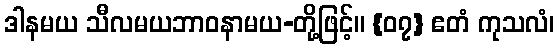
ဒါနမယ သီလမယဘာဝနာမယ-တို့ဖြင့်။ {၀၇} ဧတံ ကုသလံ၊